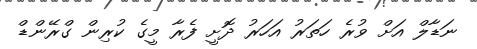
ނަޑާލް އަށް ވުރެ ހަތަރު އަހަރު ދޮށީ ފެރާ މީގެ ކުރިން ގްރޭންޑް